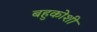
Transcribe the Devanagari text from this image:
बहुकोशी